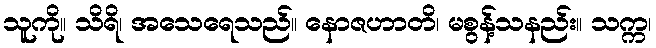
သူကို။ သိရိ၊ အသေရေသည်။ နောဇဟာတိ၊ မစွန့်သနည်း။ သက္က၊